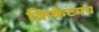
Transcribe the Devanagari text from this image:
क्रिकेटमय